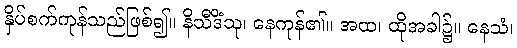
နှိပ်စက်ကုန်သည်ဖြစ်၍။ နိသီဒိံသု၊ နေကုန်၏။ အထ၊ ထိုအခါ၌။ နေသံ၊